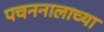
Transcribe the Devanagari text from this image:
पचननालाच्या